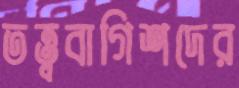
তত্ত্ববাগিশদের